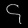
Digit: ၄